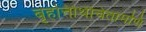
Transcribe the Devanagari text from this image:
बृहत्तिथिचिंतामणि